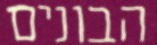
הבונים